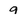
Character: 9